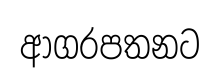
ආගරපතනට